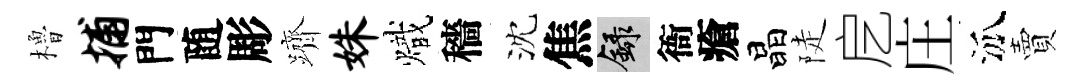
櫓捕門随彫躋姝熾穡沈焦録衙瘡晶陡戹庄泒賣